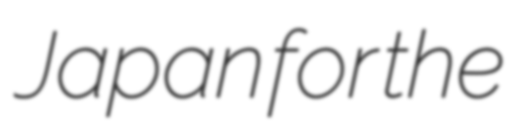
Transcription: Japan for the